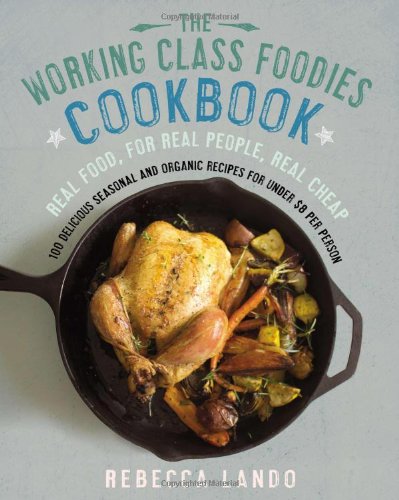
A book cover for The Working Class Foodies Cookbook: 100 Delicious Seasonal and Organic Recipes for Under $8 per Person; Rebecca Lando; Cookbooks, Food & Wine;